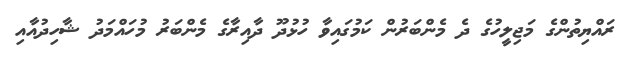
ރައްޔިތުންގެ މަޖިލީހުގެ ދެ މެންބަރުން ކަމުގައިވާ ހުޅުދޫ ދާއިރާގެ މެންބަރު މުހައްމަދު ޝާހިދުއާއި